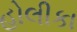
હોલીકા